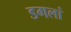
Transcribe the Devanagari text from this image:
डगलां